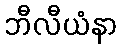
ဘီလီယံနာ